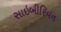
સાઇબીરિયન